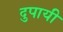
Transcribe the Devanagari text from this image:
दुपायी